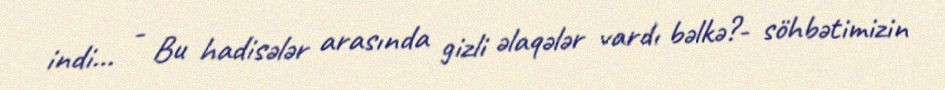
indi... - Bu hadisələr arasında gizli əlaqələr vardı bəlkə?- söhbətimizin